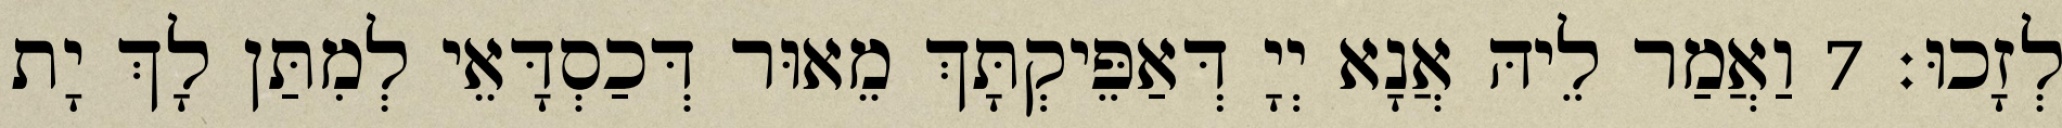
לְזָכוּ׃ 7 וַאֲמַר לֵיהּ אֲנָא יְיָ דְּאַפֵּיקְתָּךְ מֵאוּר דְּכַסְדָּאֵי לְמִתַּן לָךְ יָת